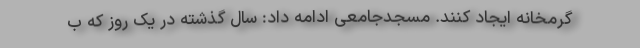
گرمخانه ایجاد کنند. مسجدجامعی ادامه داد: سال گذشته در یک روز که ب